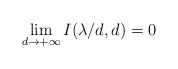
\begin{align*}\lim_{d\rightarrow+\infty}I(\lambda/d,d)=0\end{align*}